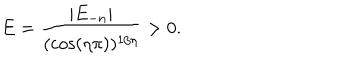
E = \frac { | E _ { - n } | } { ( \cos ( \eta \pi ) ) ^ { 1 / \eta } } > 0 .